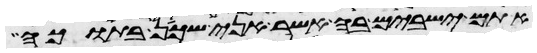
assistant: אתם ישבים בה אשר אני שכן בתוכה